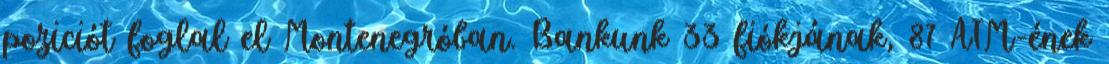
poziciót foglal el Montenegróban. Bankunk 33 fiókjának, 87 ATM-ének